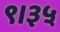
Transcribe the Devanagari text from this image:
९।३५